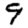
Digit: 9